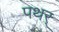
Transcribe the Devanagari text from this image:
पथर्